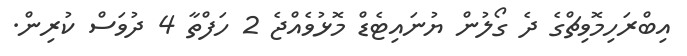
އިބްރަހިމޮވިޗްގެ ދެ ގޯލުން ޔުނައިޓެޑް މޮޅުވެއްޖެ 2 ހަފްތާ 4 ދުވަސް ކުރިން.